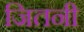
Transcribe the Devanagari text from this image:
जितनी